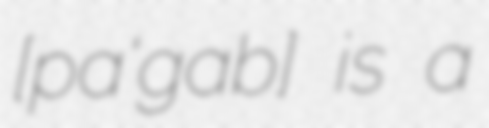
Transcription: [paɾɐ̃'gabɐ] is a